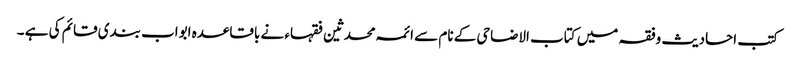
کتب احادیث وفقہ میں کتاب الاضاحی کے نام سے ائمہ محدثین فقہاء نے باقاعدہ ابواب بندی قائم کی ہے ۔